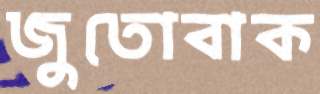
জুতোবাক